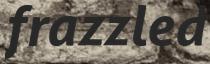
frazzled